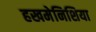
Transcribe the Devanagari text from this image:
हखमेनिशिया